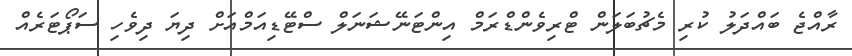
ރާއްޖެ ބައްދަލު ކުރި މެޗުބަލަން ޓްރިވެންޑްރަމް އިންޓަނޭޝަނަލް ސްޓޭޑިއަމްއަށް ދިޔަ ދިވެހި ސަޕޯޓަރެއް